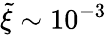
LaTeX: \tilde{\xi}\sim 10^{-3}